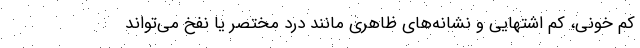
کم خونی، کم اشتهایی و نشانه‌های ظاهری مانند درد مختصر یا نفخ می‌تواند